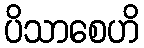
ပိသာစေဟိ